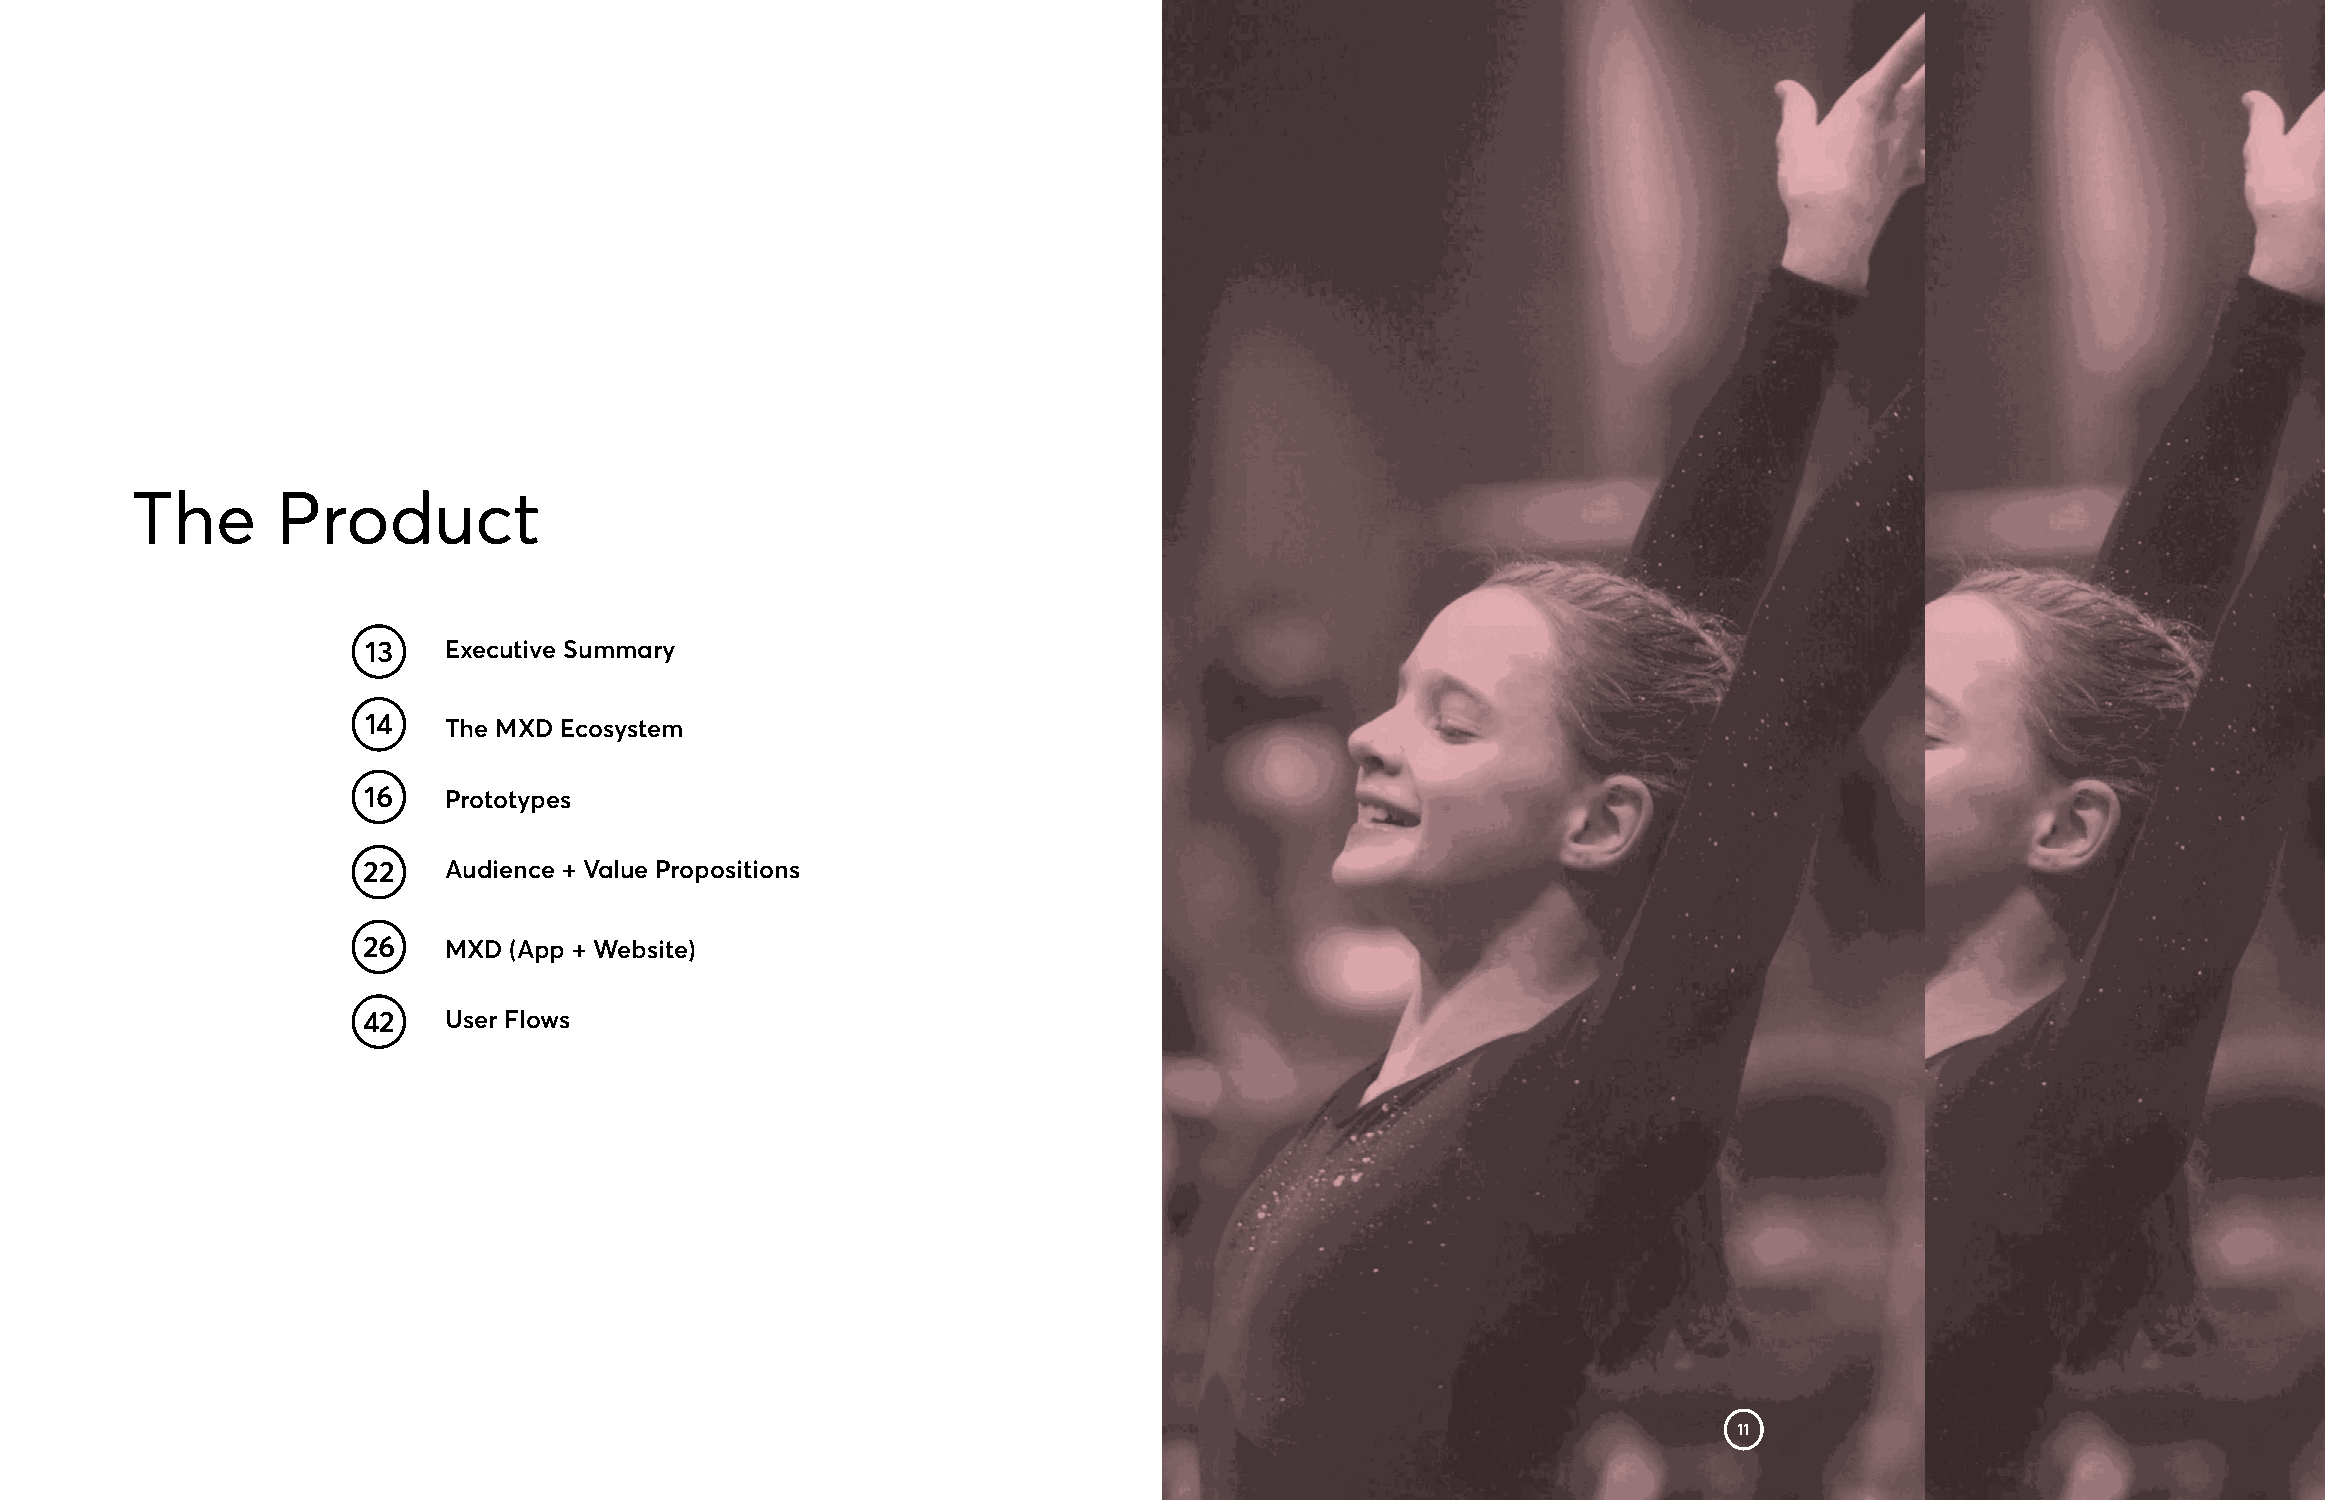
The      Product
 13   Executive Summary
 14   The MXD Ecosystem
 16   Prototypes
 22   Audience + Value Propositions
 26   MXD  (App + Website)
 42   User Flows
 11